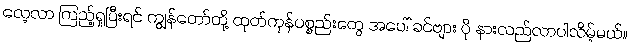
လေ့လာ ကြည့်ရှုပြီးရင် ကျွန်တော်တို့ ထုတ်ကုန်ပစ္စည်းတွေ အပေါ် ခင်ဗျား ပို နားလည်လာပါလိမ့်မယ်။